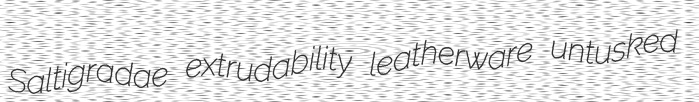
Saltigradae extrudability leatherware untusked